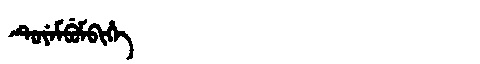
Manchu: ᡨᡠᠶᡝᠮᠪᡠᠮᠪᡳᡥᡝ
Romanization: TUYEMBUMBIHE